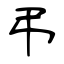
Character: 弔